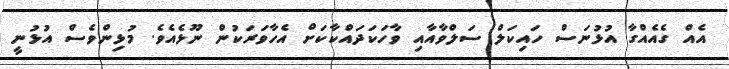
އެއް ގެއެއްގާ އުޅުނަސް ހައިކަލް ސަލްވާއާއި ވާހަކަދައްކާކަށް އެހާވަރަކުން ނޫޅެއެވެ. މުޅިންވެސް އުޅުނީ